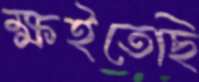
ক্ষইতেছি